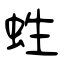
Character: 﨡